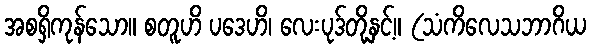
အစရှိကုန်သော။ စတူဟိ ပဒေဟိ၊ လေးပုဒ်တို့နှင့်။ (သံကိလေသဘာဂိယ